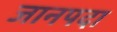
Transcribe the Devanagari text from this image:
जानपदा